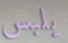
يلبس